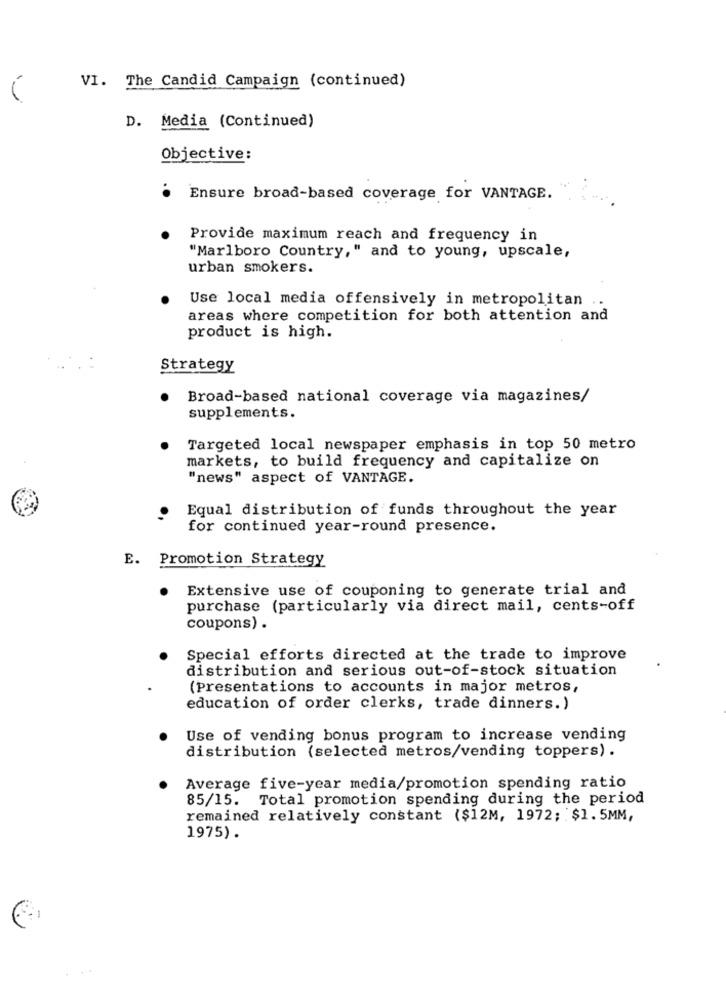
VI. The Candid Campaign (continued)
D. Media (Continued)
Objective:
Ensure broad-based coverage for VANTAGE.
Provide maximum reach and frequency in
"Marlboro Country," and to young, upscale,
urban smokers.
Use local media offensively in metropolitan ..
areas where competition for both attention and
product is high.
Strategy
Broad-based national coverage via magazines/
supplements.
Targeted local newspaper emphasis in top 50 metro
markets, to build frequency and capitalize on
"news" aspect of VANTAGE.
Equal distribution of funds throughout the year
for continued year-round presence.
E. Promotion Strategy
Extensive use of couponing to generate trial and
purchase (particularly via direct mail, cents-off
coupons) .
Special efforts directed at the trade to improve
distribution and serious out-of-stock situation
(Presentations to accounts in major metros,
education of order clerks, trade dinners.)
Use of vending bonus program to increase vending
distribution (selected metros/vending toppers) .
Average five-year media/promotion spending ratio
85/15. Total promotion spending during the period
remained relatively constant ($12M, 1972; $1.5MM,
1975).